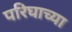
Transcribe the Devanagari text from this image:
परिघाच्या